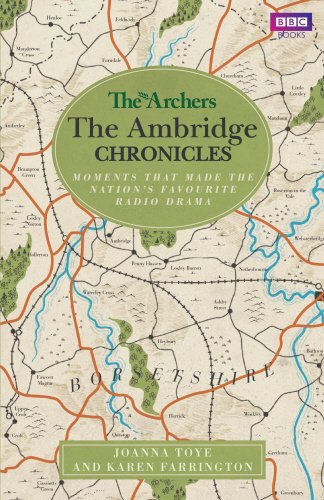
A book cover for The Archers: The Ambridge Chronicles; BBC Books; Humor & Entertainment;